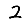
Digit: 2